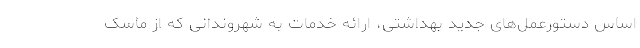
اساس دستورعمل‌های جدید بهداشتی، ارائه خدمات به شهروندانی که از ماسک